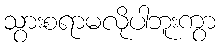
သွားစရာမလိုပါဘူးကွာ